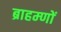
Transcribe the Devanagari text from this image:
ब्राहम्‍णों